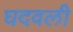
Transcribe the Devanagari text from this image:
घदवली